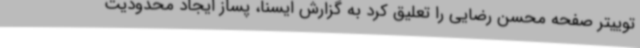
توییتر صفحه محسن رضایی را تعلیق کرد به گزارش ایسنا، پساز ایجاد محدودیت